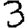
Digit: 3